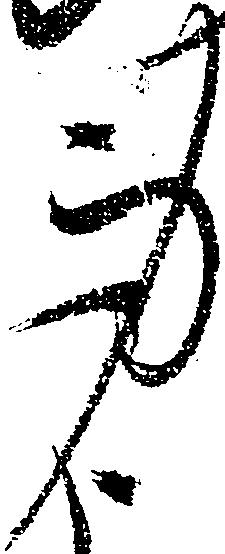
身